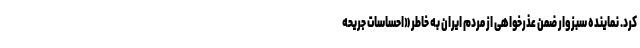
کرد. نماینده سبزوار ضمن عذرخواهی از مردم ایران به خاطر «احساسات جریحه